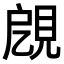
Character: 𧠞